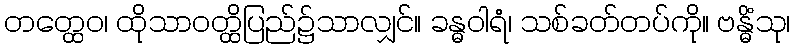
တတ္ထေဝ၊ ထိုသာဝတ္ထိပြည်၌သာလျှင်။ ခန္ဓဝါရံ၊ သစ်ခတ်တပ်ကို။ ဗန္ဓိံသု၊